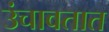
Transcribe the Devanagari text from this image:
उंचावतात